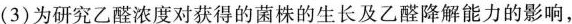
(3)为研究乙醛浓度对获得的菌株的生长及乙醛降解能力的影响，